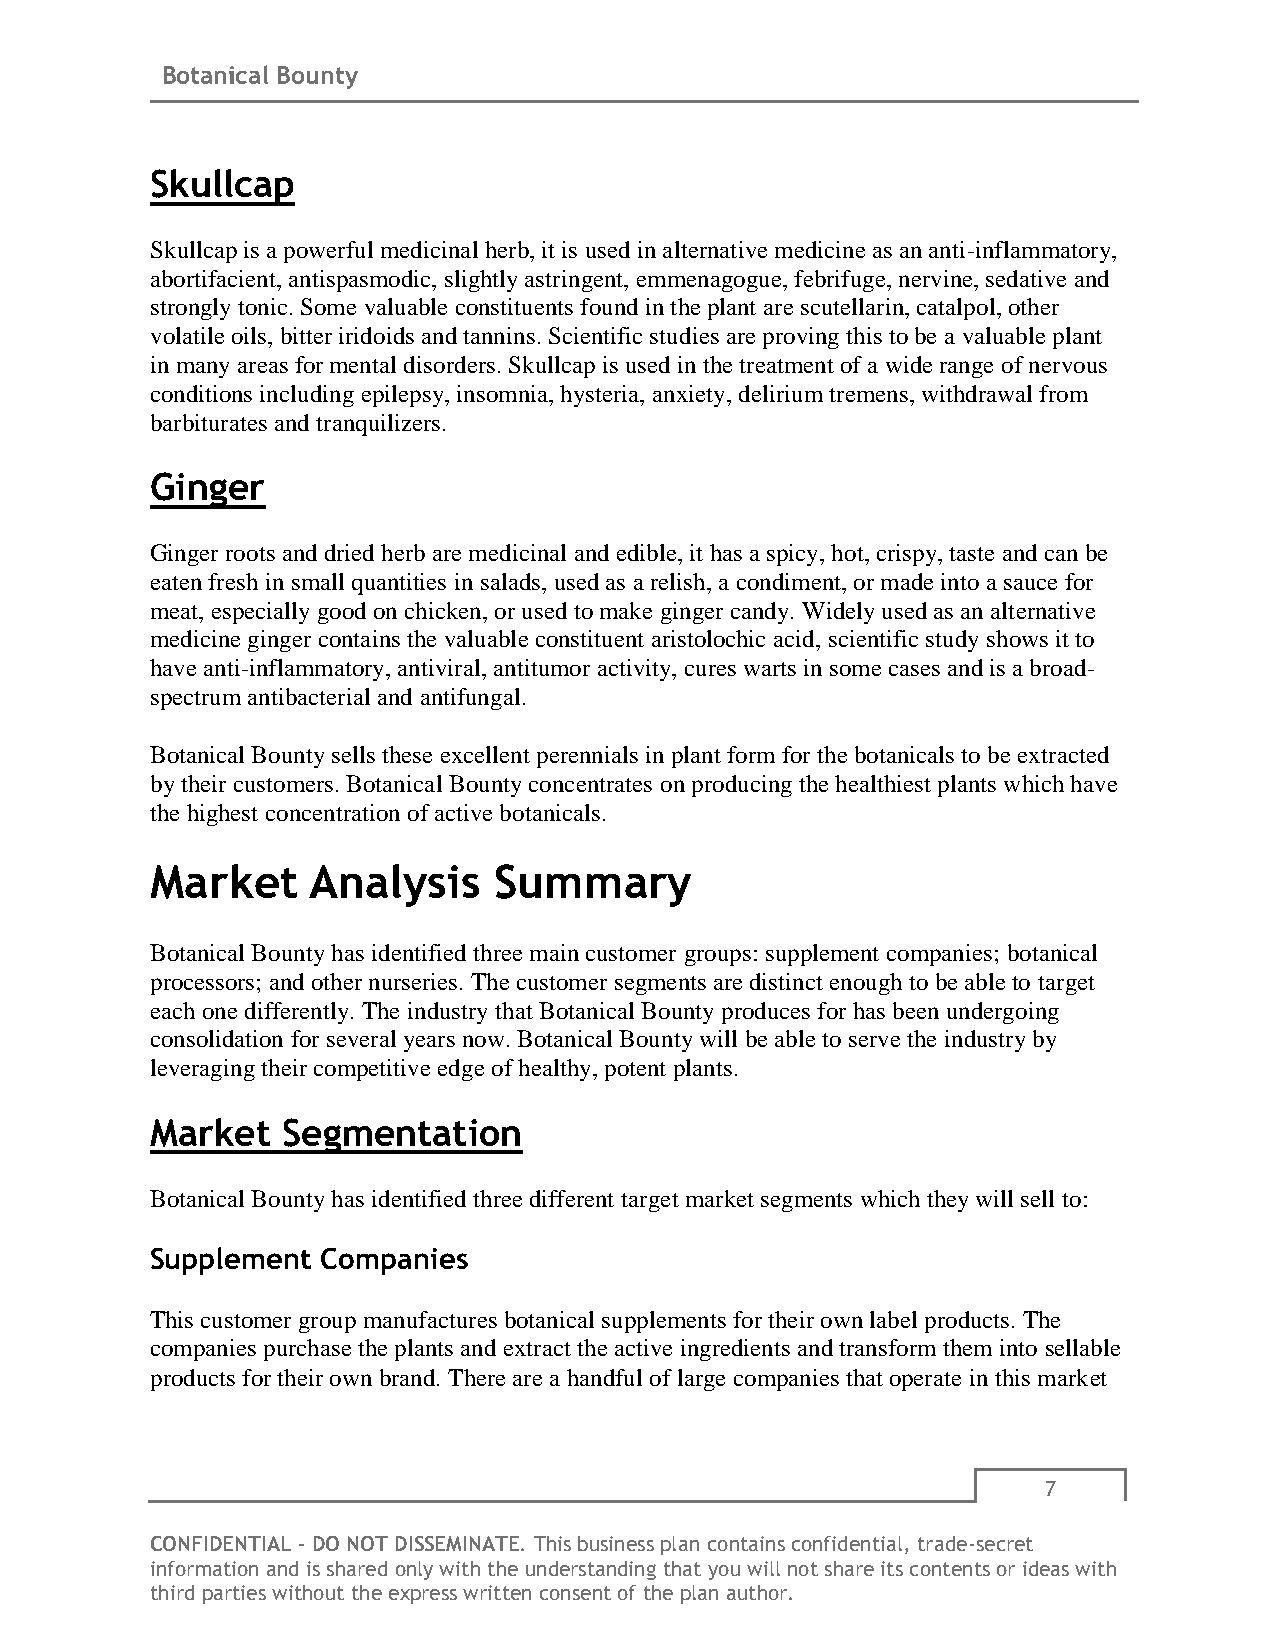
Botanical Bounty
 Skullcap
 Skullcap is a powerful medicinal herb, it is used in alternative medicine as an anti-inflammatory,
 abortifacient, antispasmodic, slightly astringent, emmenagogue, febrifuge, nervine, sedative and
 strongly tonic. Some valuable constituents found in the plant are scutellarin, catalpol, other
 volatile oils, bitter iridoids and tannins. Scientific studies are proving this to be a valuable plant
 in many areas for mental disorders. Skullcap is used in the treatment of a wide range of nervous
 conditions including epilepsy, insomnia, hysteria, anxiety, delirium tremens, withdrawal from
 barbiturates and tranquilizers.
 Ginger
 Ginger roots and dried herb are medicinal and edible, it has a spicy, hot, crispy, taste and can be
 eaten fresh in small quantities in salads, used as a relish, a condiment, or made into a sauce for
 meat, especially good on chicken, or used to make ginger candy. Widely used as an alternative
 medicine ginger contains the valuable constituent aristolochic acid, scientific study shows it to
 have anti-inflammatory, antiviral, antitumor activity, cures warts in some cases and is a broad-
 spectrum antibacterial and antifungal.
 Botanical Bounty sells these excellent perennials in plant form for the botanicals to be extracted
 by their customers. Botanical Bounty concentrates on producing the healthiest plants which have
 the highest concentration of active botanicals.
 Market    Analysis     Summary
 Botanical Bounty has identified three main customer groups: supplement companies; botanical
 processors; and other nurseries. The customer segments are distinct enough to be able to target
 each one differently. The industry that Botanical Bounty produces for has been undergoing
 consolidation for several years now. Botanical Bounty will be able to serve the industry by
 leveraging their competitive edge of healthy, potent plants.
 Market   Segmentation
 Botanical Bounty has identified three different target market segments which they will sell to:
 Supplement Companies
 This customer group manufactures botanical supplements for their own label products. The
 companies purchase the plants and extract the active ingredients and transform them into sellable
 products for their own brand. There are a handful of large companies that operate in this market
 7
 CONFIDENTIAL - DO NOT DISSEMINATE. This business plan contains confidential, trade-secret
 information and is shared only with the understanding that you will not share its contents or ideas with
 third parties without the express written consent of the plan author.